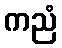
ကညံ